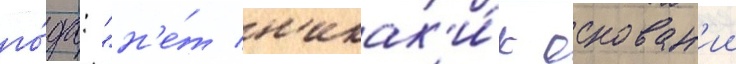
го́да: "н'е́т н'икак'и́х основан'ии